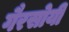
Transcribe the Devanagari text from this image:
गैरसोयी